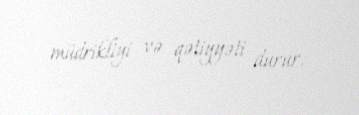
müdrikliyi və qətiyyəti durur.